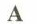
A